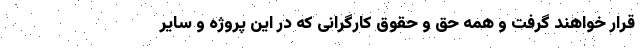
قرار خواهند گرفت و همه حق و حقوق کارگرانی که در این پروژه و سایر